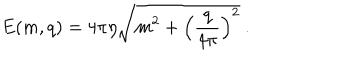
E ( m , q ) = 4 \pi \eta \sqrt { m ^ { 2 } + \left( \frac { q } { 4 \pi } \right) ^ { 2 } } \ .